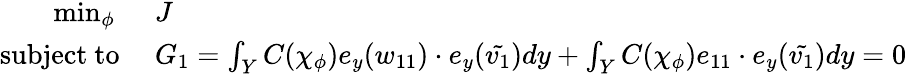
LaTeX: \begin{array}{rl}{\operatorname*{min}_{\phi}~}&{{}J}\\ {\mathrm{subject~to}~}&{{}G_{1}=\int_{Y}C(\chi_{\phi})e_{y}({w_{11}})\cdot e_{y}(\tilde{{v_{1}}})d{y}+\int_{Y}C(\chi_{\phi})e_{11}\cdot e_{y}(\tilde{{v_{1}}})d{y}=0}\end{array}